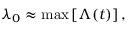
\lambda _ { 0 } \approx \operatorname* { m a x } \left[ \Lambda ( t ) \right] ,